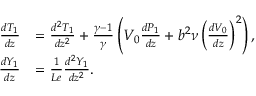
\begin{array} { r l } { \frac { d { T } _ { 1 } } { d z } } & { = \frac { d ^ { 2 } { T } _ { 1 } } { d z ^ { 2 } } + \frac { \gamma - 1 } { \gamma } \left( { V } _ { 0 } \frac { d { P } _ { 1 } } { d z } + b ^ { 2 } \nu \left( \frac { d V _ { 0 } } { d z } \right) ^ { 2 } \right) , } \\ { \frac { d { Y } _ { 1 } } { d z } } & { = \frac { 1 } { L e } \frac { d ^ { 2 } { Y } _ { 1 } } { d z ^ { 2 } } . } \end{array}